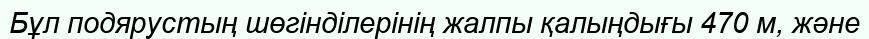
Бұл подярустың шөгінділерінің жалпы қалыңдығы 470 м, және